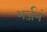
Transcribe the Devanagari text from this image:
भर्जनं